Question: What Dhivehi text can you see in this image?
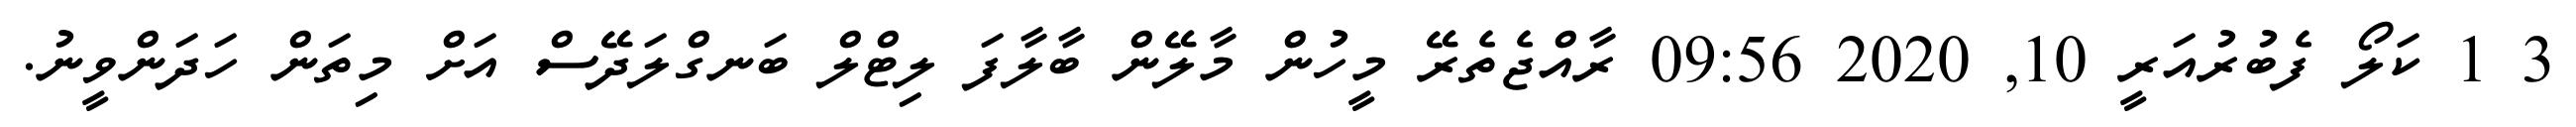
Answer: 3 1 ކަލޯ ފެބުރުއަރީ 10, 2020 09:56 ރާއްޖެތެރޭ މީހުން މާލޭން ބާލާފަ ލިޓްލް ބަނގްލަދޭސް އަށް މިތަން ހަދަންވީނު.